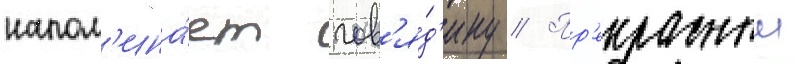
напом'ина́ет гов'я́д'ину // Пр'екрасныи